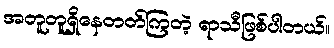
အတူတူရှိနေတတ်ကြတဲ့ ရာသီဖြစ်ပါတယ်။